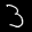
Label: 3